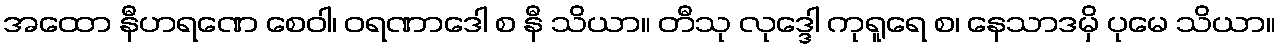
အထော နီဟရဏေ စေဝါ၊ ဝရဏာဒေါ စ နီ သိယာ။ တီသု လုဒ္ဒေါ ကုရူရေ စ၊ နေသာဒမှိ ပုမေ သိယာ။